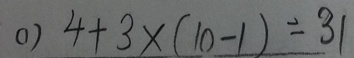
( 1 ) 4 + 3 \times ( 1 0 - 1 ) = 3 1